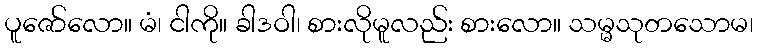
ပူဇော်လော။ မံ၊ ငါကို။ ခါဒဝါ၊ စားလိုမူလည်း စားလော။ သမ္မသုတသောမ၊